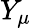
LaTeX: Y_{\mu}